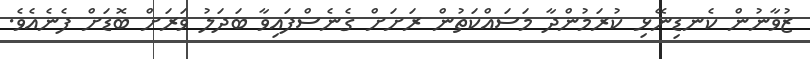
ޒުވާނުން ކެނޑިނޭޅި ކުރަމުންދާ މަސައްކަތުން ރަށަށް ގެނެސްފައިވާ ބަދަލު ވަރަށް ބޮޑަށް ފެނެއެވެ.